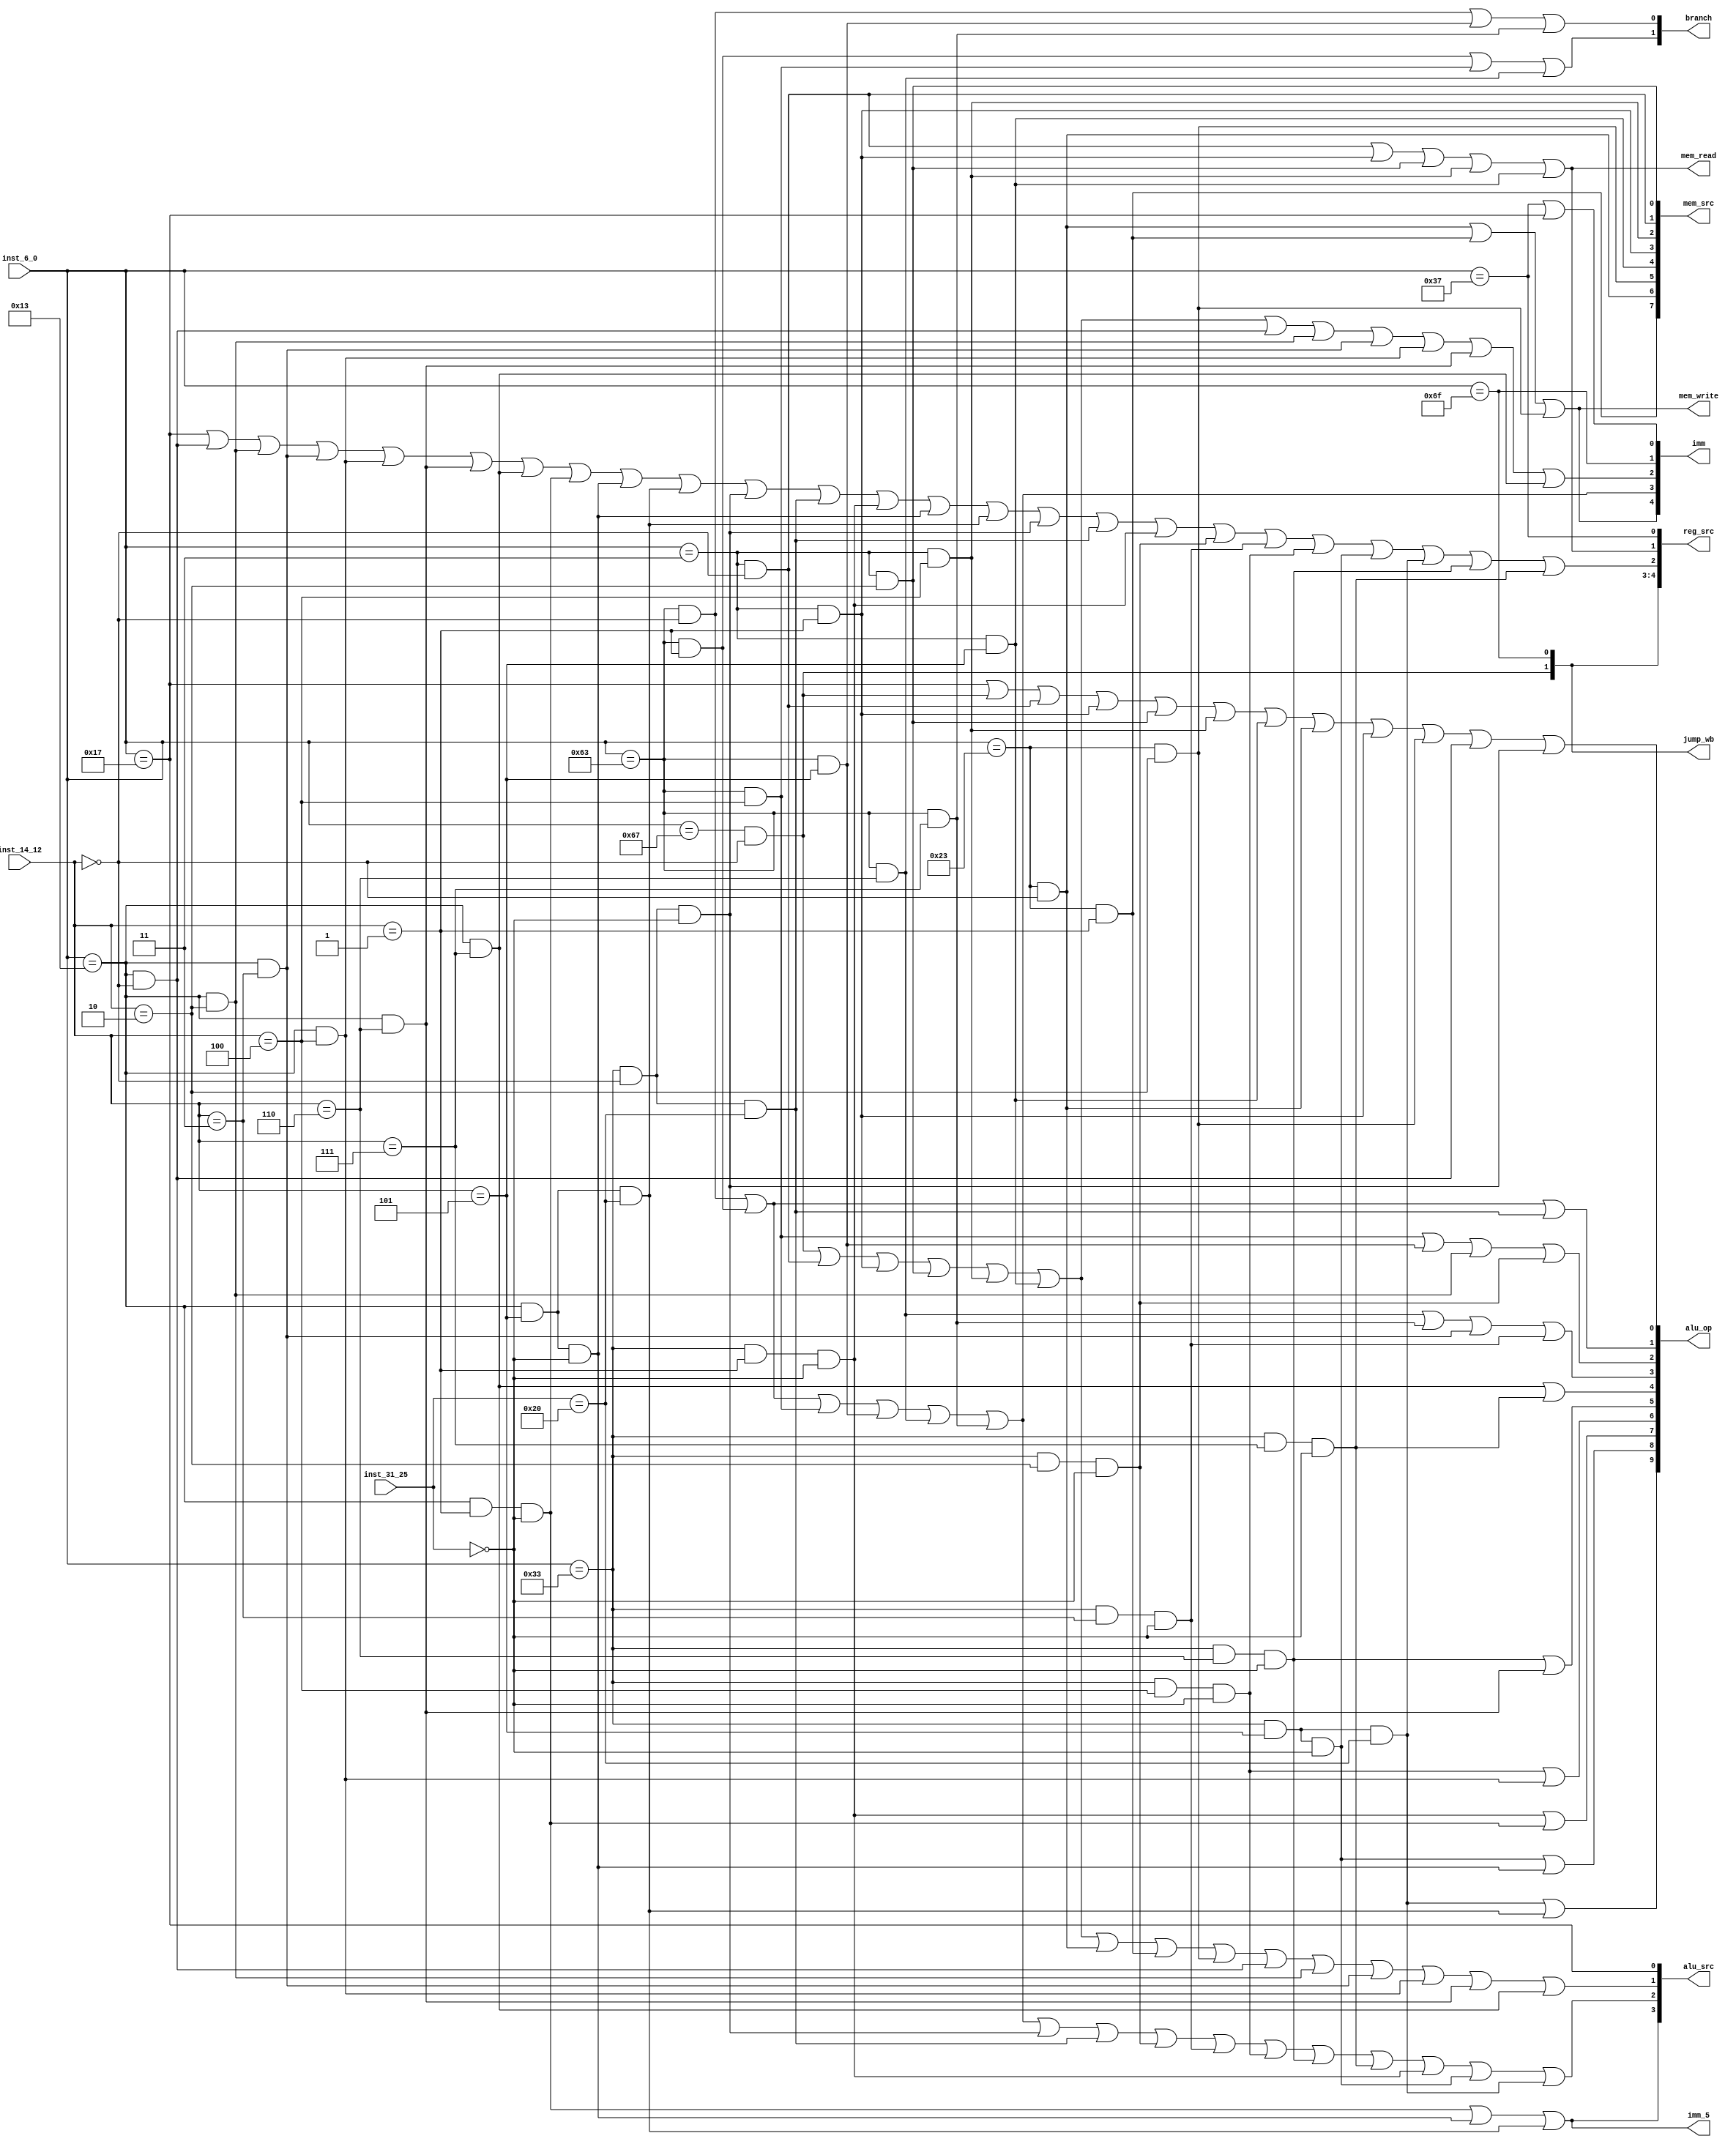
`timescale 10ns / 1ns

//Instruction[6:0]
`define LUI   7'b0110111
`define AUIPC 7'b0010111
`define JAL   7'b1101111
`define J     7'b1100111//jalr
`define B     7'b1100011
`define L     7'b0000011
`define S     7'b0100011
`define I     7'b0010011
`define R     7'b0110011

//Instruction[14:12]
`define JALR  3'b000

`define BEQ   3'b000
`define BNE   3'b001
`define BLT   3'b100
`define BGE   3'b101
`define BLTU  3'b110
`define BGEU  3'b111

`define LB    3'b000
`define LH    3'b001
`define LW    3'b010
`define LBU   3'b100
`define LHU   3'b101

`define SB    3'b000
`define SH    3'b001
`define SW    3'b010

`define ADDI  3'b000
`define SLTI  3'b010
`define SLTIU 3'b011
`define XORI  3'b100
`define ORI   3'b110
`define ANDI  3'b111
`define SLLI  3'b001
`define SRLI  3'b101
`define SRAI  3'b101

`define ADD   3'b000
`define SUB   3'b000
`define SLL   3'b001
`define SLT   3'b010
`define SLTU  3'b011
`define XOR   3'b100
`define SRL   3'b101
`define SRA   3'b101
`define OR    3'b110
`define AND   3'b111

//Instruction[31:25]
`define F_1 7'b0000000
`define F_2 7'b0100000

module control(
    input  [6:0]inst_6_0,
    input  [2:0]inst_14_12,
    input  [6:0]inst_31_25,
    output [4:0]imm,
    output [9:0]alu_op,
    output [3:0]alu_src,
    output [4:0]reg_src,
    output [1:0]branch,
    output [1:0]jump_wb,
    output mem_write,    
    output mem_read,
    output [7:0]mem_src,
    output imm_5
);


wire inst_lui  ;
wire inst_auipc;
wire inst_jal  ;
wire inst_jalr ;
wire inst_beq  ;
wire inst_bne  ;
wire inst_blt  ;
wire inst_bge  ;
wire inst_bltu ;
wire inst_bgeu ;
wire inst_lb   ;
wire inst_lh   ;
wire inst_lw   ;
wire inst_lbu  ;
wire inst_lhu  ;
wire inst_sb   ;
wire inst_sh   ;
wire inst_sw   ;
wire inst_addi ;
wire inst_slti ;
wire inst_sltiu;
wire inst_xori ;
wire inst_ori  ;
wire inst_andi ;
wire inst_slli ;
wire inst_srli ;
wire inst_srai ;
wire inst_add  ;
wire inst_sub  ;
wire inst_sll  ;
wire inst_slt  ;
wire inst_sltu ;
wire inst_xor  ;
wire inst_srl  ;
wire inst_sra  ;
wire inst_or   ;
wire inst_and  ;


assign inst_lui   = (inst_6_0==`LUI  );
assign inst_auipc = (inst_6_0==`AUIPC);
assign inst_jal   = (inst_6_0==`JAL  );

assign inst_jalr  = (inst_6_0==`J & inst_14_12==`JALR );

assign inst_beq   = (inst_6_0==`B & inst_14_12==`BEQ  );
assign inst_bne   = (inst_6_0==`B & inst_14_12==`BNE  );
assign inst_blt   = (inst_6_0==`B & inst_14_12==`BLT  );
assign inst_bge   = (inst_6_0==`B & inst_14_12==`BGE  );
assign inst_bltu  = (inst_6_0==`B & inst_14_12==`BLTU );
assign inst_bgeu  = (inst_6_0==`B & inst_14_12==`BGEU );

assign inst_lb    = (inst_6_0==`L & inst_14_12==`LB   );
assign inst_lh    = (inst_6_0==`L & inst_14_12==`LH   );
assign inst_lw    = (inst_6_0==`L & inst_14_12==`LW   );
assign inst_lbu   = (inst_6_0==`L & inst_14_12==`LBU  );
assign inst_lhu   = (inst_6_0==`L & inst_14_12==`LHU  );

assign inst_sb    = (inst_6_0==`S & inst_14_12==`SB   );
assign inst_sh    = (inst_6_0==`S & inst_14_12==`SH   );
assign inst_sw    = (inst_6_0==`S & inst_14_12==`SW   );

assign inst_addi  = (inst_6_0==`I & inst_14_12==`ADDI );
assign inst_slti  = (inst_6_0==`I & inst_14_12==`SLTI );
assign inst_sltiu = (inst_6_0==`I & inst_14_12==`SLTIU);
assign inst_xori  = (inst_6_0==`I & inst_14_12==`XORI );
assign inst_ori   = (inst_6_0==`I & inst_14_12==`ORI  );
assign inst_andi  = (inst_6_0==`I & inst_14_12==`ANDI );

assign inst_slli  = (inst_6_0==`I & inst_14_12==`SLLI & inst_31_25==`F_1);
assign inst_srli  = (inst_6_0==`I & inst_14_12==`SRLI & inst_31_25==`F_1);
assign inst_srai  = (inst_6_0==`I & inst_14_12==`SRAI & inst_31_25==`F_2);

assign inst_add   = (inst_6_0==`R & inst_14_12==`ADD  & inst_31_25==`F_1);
assign inst_sub   = (inst_6_0==`R & inst_14_12==`SUB  & inst_31_25==`F_2);
assign inst_sll   = (inst_6_0==`R & inst_14_12==`SLL  & inst_31_25==`F_1);
assign inst_slt   = (inst_6_0==`R & inst_14_12==`SLT  & inst_31_25==`F_1);
assign inst_sltu  = (inst_6_0==`R & inst_14_12==`SLTU & inst_31_25==`F_1);
assign inst_xor   = (inst_6_0==`R & inst_14_12==`XOR  & inst_31_25==`F_1);
assign inst_srl   = (inst_6_0==`R & inst_14_12==`SRL  & inst_31_25==`F_1);
assign inst_sra   = (inst_6_0==`R & inst_14_12==`SRA  & inst_31_25==`F_2);
assign inst_or    = (inst_6_0==`R & inst_14_12==`OR   & inst_31_25==`F_1);
assign inst_and   = (inst_6_0==`R & inst_14_12==`AND  & inst_31_25==`F_1);


assign imm[0]     = inst_lui   | inst_auipc;
assign imm[1]     = inst_jal   ;
assign imm[2]     = inst_jalr  | inst_lb   | inst_lh    |
                    inst_lw    | inst_lbu  | inst_lhu   |
                    inst_addi  | inst_slti | inst_sltiu |
                    inst_xori  | inst_ori  | inst_andi  ;
assign imm[3]     = inst_beq   | inst_bne  | inst_blt   |
                    inst_bge   | inst_bltu | inst_bgeu  ;
assign imm[4]     = inst_sb    | inst_sh   | inst_sw    ;


assign alu_op[0]  = inst_auipc | inst_jalr | inst_lb    |
                    inst_lh    | inst_lw   | inst_lbu   |
                    inst_lhu   | inst_sb   | inst_lh    |
                    inst_sw    | inst_addi | inst_add   ;
assign alu_op[1]  = inst_beq   | inst_bne  | inst_sub   ;
assign alu_op[2]  = inst_blt   | inst_bge  | inst_slti  |
                    inst_slt   ;
assign alu_op[3]  = inst_bltu  | inst_bgeu | inst_sltiu |
                    inst_sltu  ;
assign alu_op[4]  = inst_andi  | inst_and   ;
assign alu_op[5]  = inst_or    | inst_ori   ;
assign alu_op[6]  = inst_xor   | inst_xori  ;
assign alu_op[7]  = inst_sll   | inst_slli  ;
assign alu_op[8]  = inst_srl   | inst_srli  ;
assign alu_op[9]  = inst_sra   | inst_srai  ;

assign alu_src[0] = inst_auipc ;
assign alu_src[1] = inst_jalr  | inst_lb    | inst_lh   |
                    inst_lw    | inst_lbu   | inst_lhu  |
                    inst_sb    | inst_sh    | inst_sw   |
                    inst_addi  | inst_slti  | inst_sltiu|
                    inst_xori  | inst_ori   | inst_andi ;
assign alu_src[2] = inst_beq   | inst_bne   | inst_blt  |
                    inst_bge   | inst_bltu  | inst_bgeu |
                    inst_add   | inst_sub   | inst_slt  |
                    inst_sltu  | inst_xor   | inst_or   |
                    inst_and   | inst_sll   | inst_srl  |
                    inst_sra   ;
assign alu_src[3] = inst_slli  | inst_srli  | inst_srai ;


assign reg_src[0] = inst_lui   ;
assign reg_src[1] = inst_lb    | inst_lh    | inst_lw   |
                    inst_lbu   | inst_lhu   ;
assign reg_src[2] = inst_auipc | inst_addi  | inst_slti |
                    inst_sltiu | inst_xori  | inst_ori  |
                    inst_andi  | inst_slli  | inst_srli |
                    inst_srai  | inst_add   | inst_sub  |
                    inst_sll   | inst_srli  | inst_srai |
                    inst_add   | inst_sub   | inst_sll  |
                    inst_slt   | inst_sltu  | inst_xor  |
                    inst_srl   | inst_sra   | inst_or   |
                    inst_and   ;
assign reg_src[3] = inst_jal   ;
assign reg_src[4] = inst_jalr  ;                    


assign branch [0] = inst_beq   | inst_bge   | inst_bgeu ;
assign branch [1] = inst_bne   | inst_blt   | inst_bltu ;


assign jump_wb[0] = inst_jal   ;
assign jump_wb[1] = inst_jalr  ;


assign mem_write  = inst_sb    | inst_sh    | inst_sw   ;


assign mem_read   = inst_lb    | inst_lh    | inst_lw   |
                    inst_lbu   | inst_lhu   ;

assign mem_src[0] = inst_lw    ;
assign mem_src[1] = inst_lb    ;
assign mem_src[2] = inst_lbu   ;
assign mem_src[3] = inst_lh    ;
assign mem_src[4] = inst_lhu   ;
assign mem_src[5] = inst_sw    ;
assign mem_src[6] = inst_sb    ;
assign mem_src[7] = inst_sh    ;

assign imm_5      = inst_slli  | inst_srli  | inst_srai  ;


endmodule